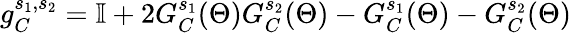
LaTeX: g_{C}^{s_{1},s_{2}}=\mathbb{I}+2G_{C}^{s_{1}}(\Theta)G_{C}^{s_{2}}(\Theta)-G_{C}^{s_{1}}(\Theta)-G_{C}^{s_{2}}(\Theta)